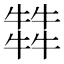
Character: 𤛭